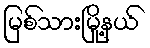
မြစ်သားမြို့နယ်